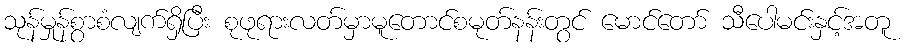
သုန်မှုန်စွာစံလျက်ရှိပြီး စုဖုရားလတ်မှာမူတောင်စမုတ်နန်းတွင် မောင်တော် သီပေါမင်းနှင့်အတူ